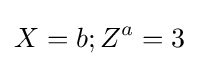
X=b;Z^{a}=3